Report of an investigation into the causes of malaria in Bombay and the measures necessary for its control
Disease focus: Malaria
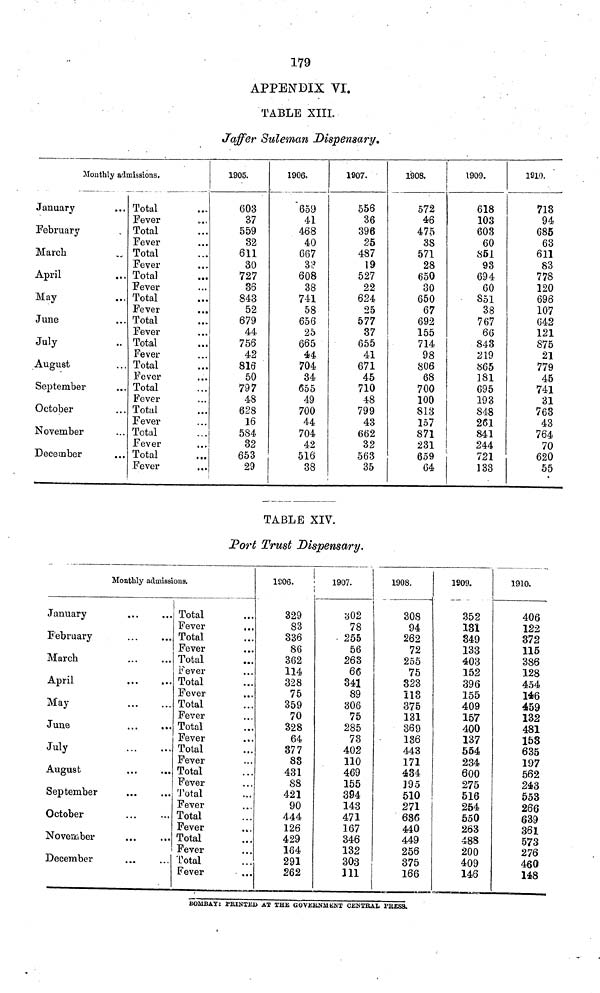
179
APPENDIX VI.
TABLE XIII.
Jaffer Suleman Dispensary.
Monthly admissions.
January
February
March
April
May
June
July
August
September
October
November
December
Total
Fever
Total
Fever
Total
Fever
Total
Fever
Total
Fever
Total
Fever
Total
Fever
Total
Fever
Total
Fever
Total
Fever
Total
Fever
Total
Fever
1905.
603
37
559
32
611
30
727
36
843
52
679
44
756
42
816
50
797
48
628
16
584
32
653
29
1906.
659
41
468
40
667
33
608
38
741
58
656
25
665
44
704
34
655
49
700
44
704
42
516
38
1907.
556
36
396
25
487
19
527
22
624
25
577
37
655
41
671
45
710
48
799
43
662
32
563
35
1908.
572
46
475
38
571
28
650
30
650
67
692
155
714
98
806
68
700
100
813
157
871
231
659
64
1909.
618
103
603
60
851
93
694
60
851
38
767
66
843
219
865
181
695
193
848
261
841
244
721
133
1910.
713
94
685
63
611
83
778
120
696
107
642
121
875
21
779
45
741
31
763
43
764
70
620
55
TABLE XIV.
Port Trust Dispensary.
Monthly admissions.
January
February
March
April
May
June
July
August
September
October
November
December
Total
Fever
Total
Fever
Total
Fever
Total
Fever
Total
Fever
Total
Fever
Total
Fever
Total
Fever
Total
Fever
Total
Fever
Total
Fever
Total
Fever
...
1S06.
329
83
336
86
362
114
328
75
359
70
328
64
377
83
431
88
421
90
444
126
429
164
291
262
1907.
i
302
78
255
56
263
66
341
89
306
75
285
73
402
110
469
155
394
143
471
167
346
132
303
111
1908.
308
94
262
72
255
75
323
113
375
131
369
136
443
171
434
195
510
271
636
440
449
256
375
166
1809.
352
131
349
133
403
152
396
155
409
157
400
137
554
234
600
275
516
254
550
263
488
200
409
146
1910.
406
122
372
115
386
128
454
146
459
132
481
153
635
197
562
243
553
266
639
361
573
276
460
148
BOMBAY: PRINTED AT THE GOVERNMENT CENTRAL PRESS.